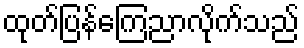
ထုတ်ပြန်ကြေညာလိုက်သည်